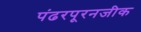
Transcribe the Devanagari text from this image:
पंढरपूरनजीक